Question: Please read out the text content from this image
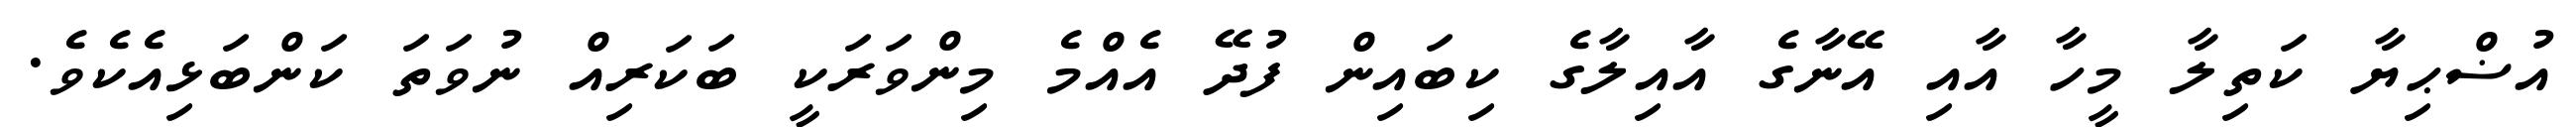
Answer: އުޟްޙިޔާ ކަތިލާ މީހާ އާއި އޭނާގެ އާއިލާގެ ކިބައިން ފުދޭ އެއްމެ މިންވަރަކީ ބަކަރިއް ނުވަތަ ކަންބަޅިއެކެވެ.